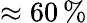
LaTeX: \approx 60\, \%